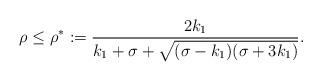
LaTeX: \begin{align*}\rho\le\rho^*:=\frac{2k_1}{k_1+\sigma+\sqrt{(\sigma-k_1)(\sigma+3k_1)}}.\end{align*}